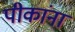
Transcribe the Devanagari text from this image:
पीकांना